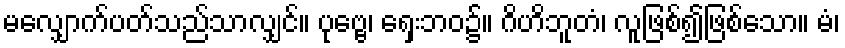
မလျှောက်ပတ်သည်သာလျှင်။ ပုဗ္ဗေ၊ ရှေးဘဝ၌။ ဂိဟိဘူတံ၊ လူဖြစ်၍ဖြစ်သော။ မံ၊